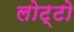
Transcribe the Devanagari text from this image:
लोट्टो